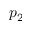
p _ { 2 }